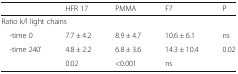
<table><thead><tr><td></td><td><b>HFR 17</b></td><td><b>PMMA</b></td><td><b>F7</b></td><td><b>P</b></td></tr></thead><tbody><tr><td colspan="5">Ratio k/l light chains</td></tr><tr><td> -time 0</td><td>7.7 ± 4.2</td><td>8.9 ± 4.7</td><td>10.6 ± 6.1</td><td>ns</td></tr><tr><td> -time 240’</td><td>4.8 ± 2.2</td><td>6.8 ± 3.6</td><td>14.3 ± 10.4</td><td>0.02</td></tr><tr><td></td><td>0.02</td><td>&lt;0.001</td><td>ns</td><td></td></tr></tbody></table>